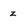
Character: z